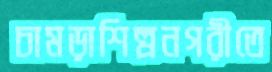
চামড়াশিল্পনগরীতে